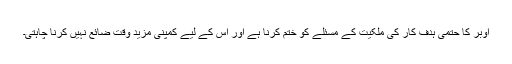
اوبر کا حتمی ہدف کار کی ملکیت کے مسئلے کو ختم کرنا ہے اور اس کے لیے کمپنی مزید وقت ضائع نہیں کرنا چاہتی۔